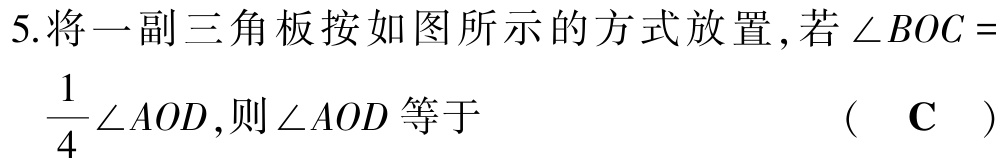
5.将一副三角板按如图所示的方式放置,若\(\angle BOC = \frac{1}{4}\angle AOD\),则\(\angle AOD\)等于  （ C ）